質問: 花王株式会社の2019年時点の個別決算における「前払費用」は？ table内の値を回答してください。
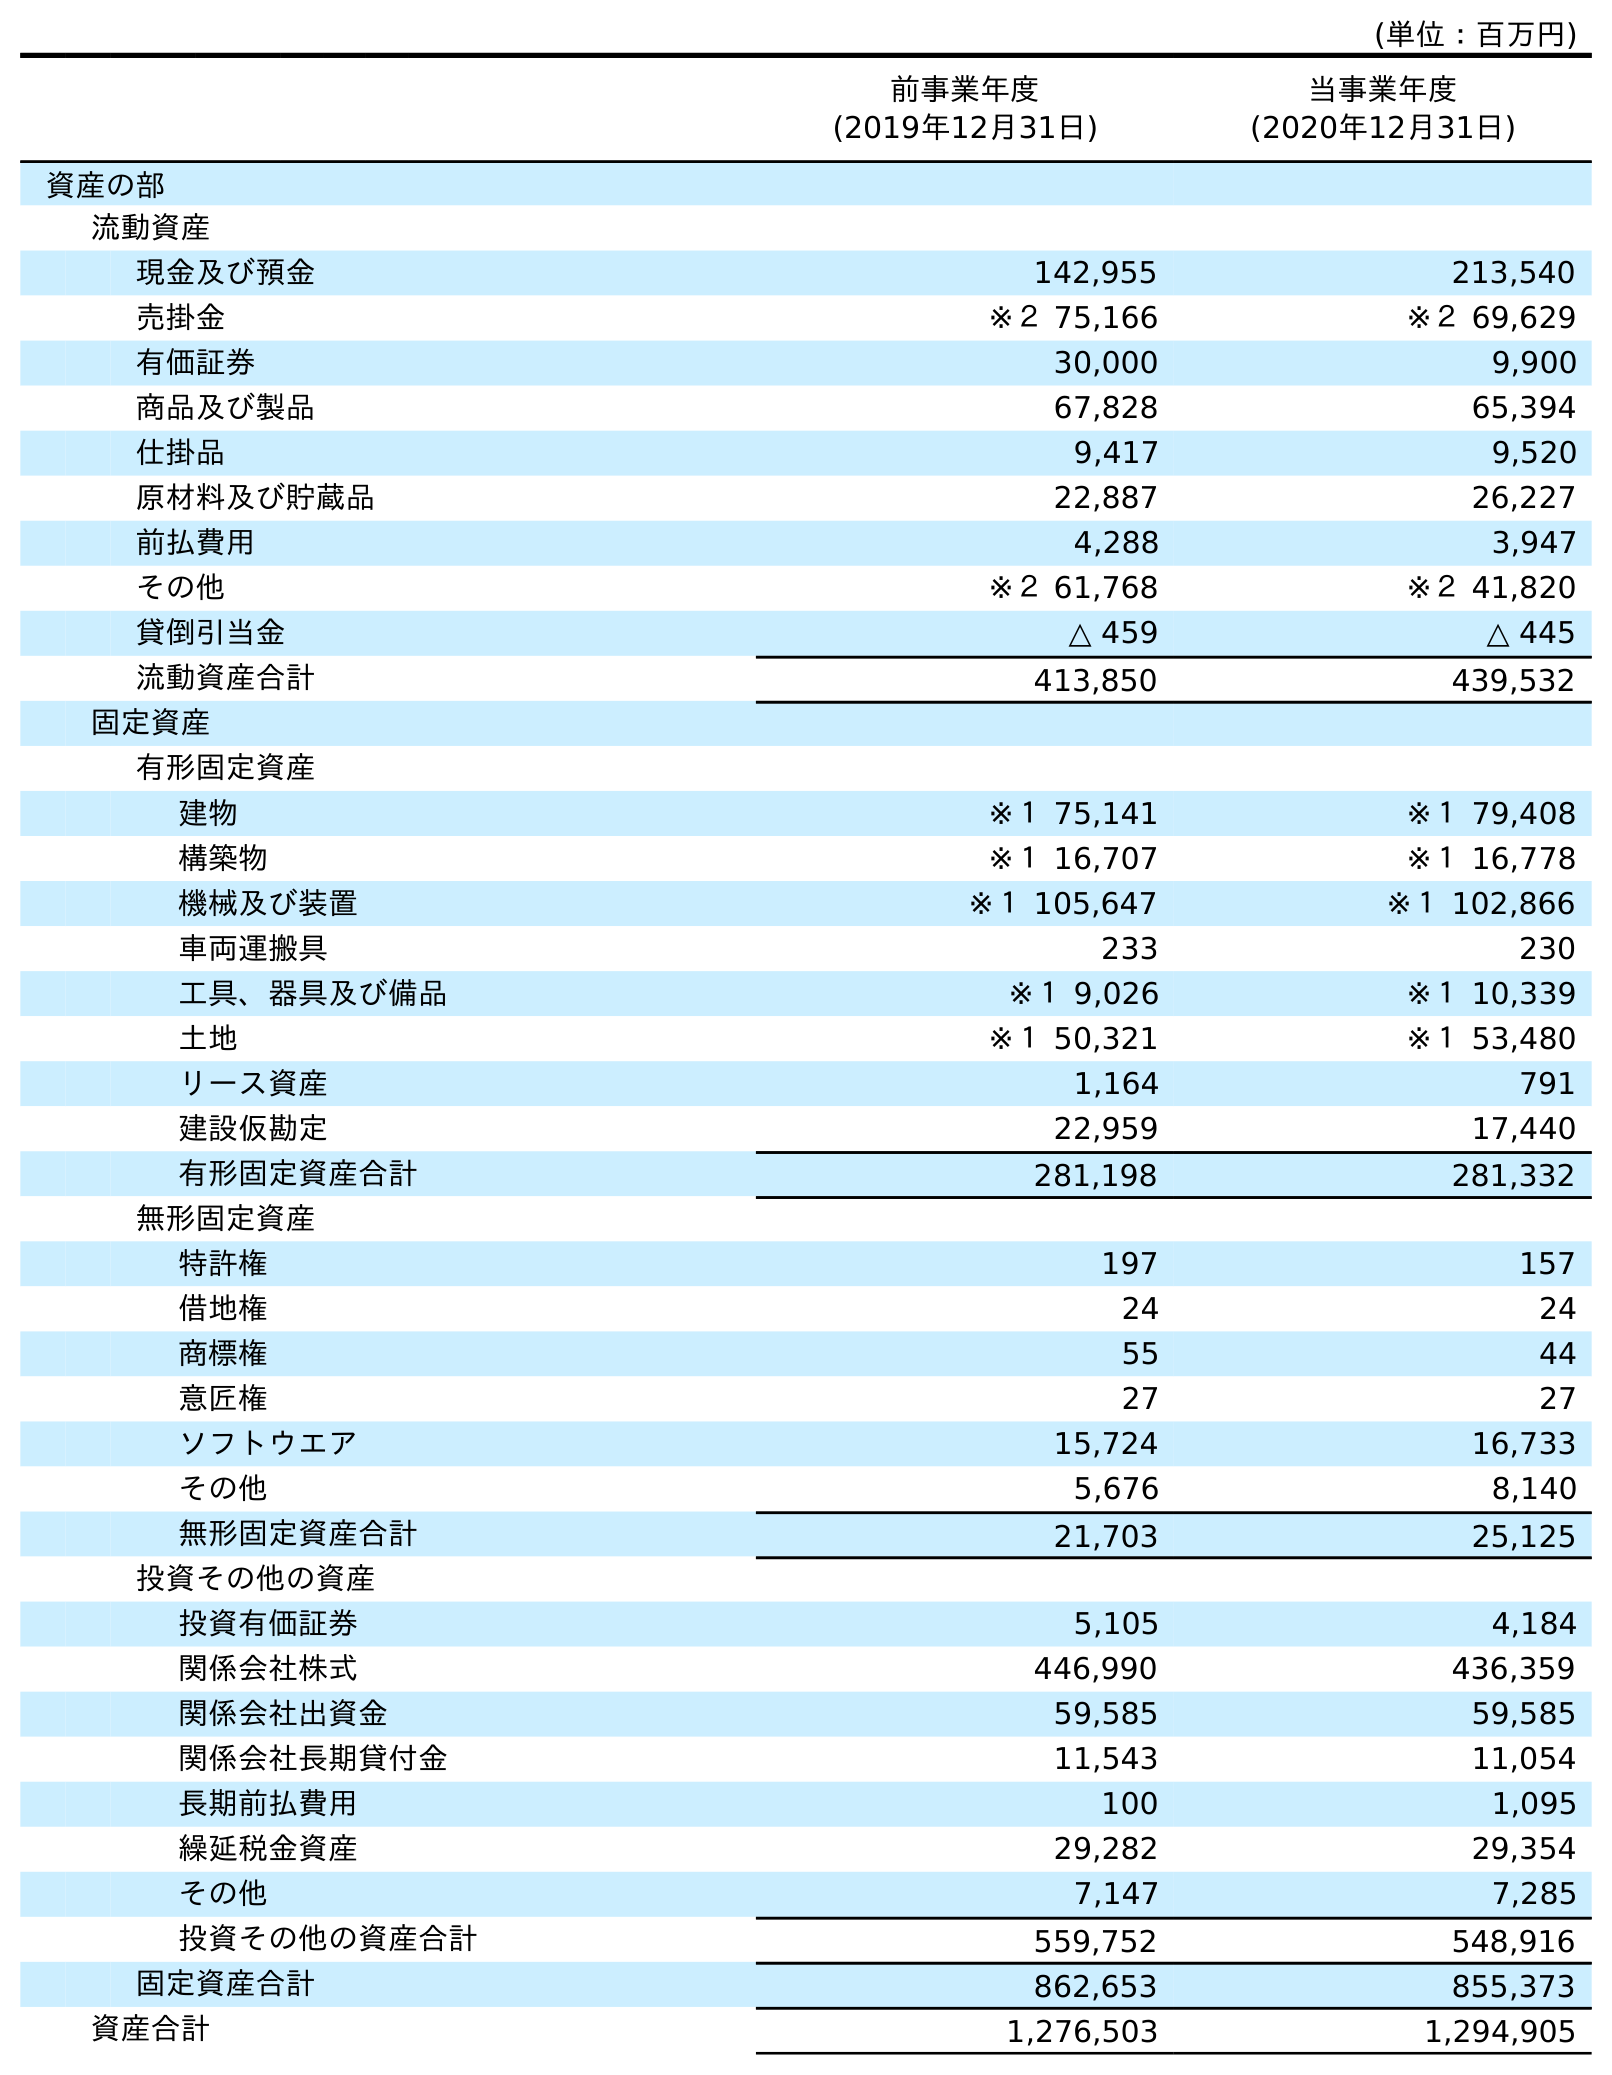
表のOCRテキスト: (単位：百万円) 前事業年度 (2019年12月31日) 当事業年度 (2020年12月31日) 資産の部 流動資産 現金及び預金 142,955 213,540 売掛金 ※２ 75,166 ※２ 69,629 有価証券 30,000 9,900 商品及び製品 67,828 65,394 仕掛品 9,417 9,520 原材料及び貯蔵品 22,887 26,227 前払費用 4,288 3,947 その他 ※２ 61,768 ※２ 41,820 貸倒引当金 △ 459 △ 445 流動資産合計 413,850 439,532 固定資産 有形固定資産 建物 ※１ 75,141 ※１ 79,408 構築物 ※１ 16,707 ※１ 16,778 機械及び装置 ※１ 105,647 ※１ 102,866 車両運搬具 233 230 工具、器具及び備品 ※１ 9,026 ※１ 10,339 土地 ※１ 50,321 ※１ 53,480 リース資産 1,164 791 建設仮勘定 22,959 17,440 有形固定資産合計 281,198 281,332 無形固定資産 特許権 197 157 借地権 24 24 商標権 55 44 意匠権 27 27 ソフトウエア 15,724 16,733 その他 5,676 8,140 無形固定資産合計 21,703 25,125 投資その他の資産 投資有価証券 5,105 4,184 関係会社株式 446,990 436,359 関係会社出資金 59,585 59,585 関係会社長期貸付金 11,543 11,054 長期前払費用 100 1,095 繰延税金資産 29,282 29,354 その他 7,147 7,285 投資その他の資産合計 559,752 548,916 固定資産合計 862,653 855,373 資産合計 1,276,503 1,294,905
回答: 4,288